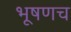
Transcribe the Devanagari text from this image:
भूषणच